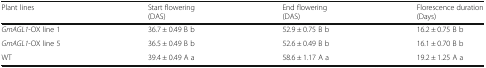
<table><thead><tr><td><b>Plant lines</b></td><td><b>Start flowering(DAS)</b></td><td><b>End flowering(DAS)</b></td><td><b>Florescence duration(Days)</b></td></tr></thead><tbody><tr><td><i>GmAGL1</i>-OX line 1</td><td>36.7 ± 0.49 B b</td><td>52.9 ± 0.75 B b</td><td>16.2 ± 0.75 B b</td></tr><tr><td><i>GmAGL1</i>-OX line 5</td><td>36.5 ± 0.49 B b</td><td>52.6 ± 0.49 B b</td><td>16.1 ± 0.70 B b</td></tr><tr><td>WT</td><td>39.4 ± 0.49 A a</td><td>58.6 ± 1.17 A a</td><td>19.2 ± 1.25 A a</td></tr></tbody></table>